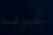
غرب